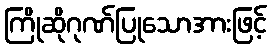
ကြိုဆိုဂုဏ်ပြုသောအားဖြင့်